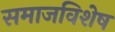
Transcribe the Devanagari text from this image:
समाजविशेष